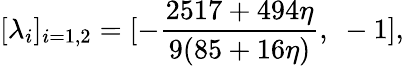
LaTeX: [\lambda_{i}]_{i=1,2}=[-{\frac{2517+494\eta}{9(85+16\eta)}},~-1],